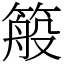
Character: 䈲